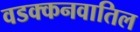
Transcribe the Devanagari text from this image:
वडक्कनवातिल